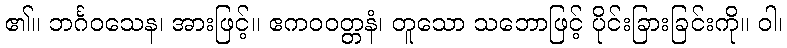
၏။ ဘင်္ဂဝသေန၊ အားဖြင့်။ ဧကဝဝတ္တနံ၊ တူသော သဘောဖြင့် ပိုင်းခြားခြင်းကို။ ဝါ၊